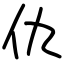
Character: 仇